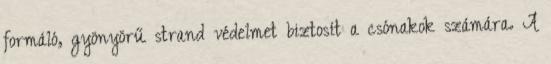
formáló, gyönyörű strand védelmet biztosít a csónakok számára. A